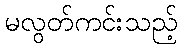
မလွတ်ကင်းသည့်